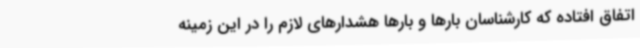
اتفاق افتاده که کارشناسان بارها و بارها هشدارهای لازم را در این زمینه